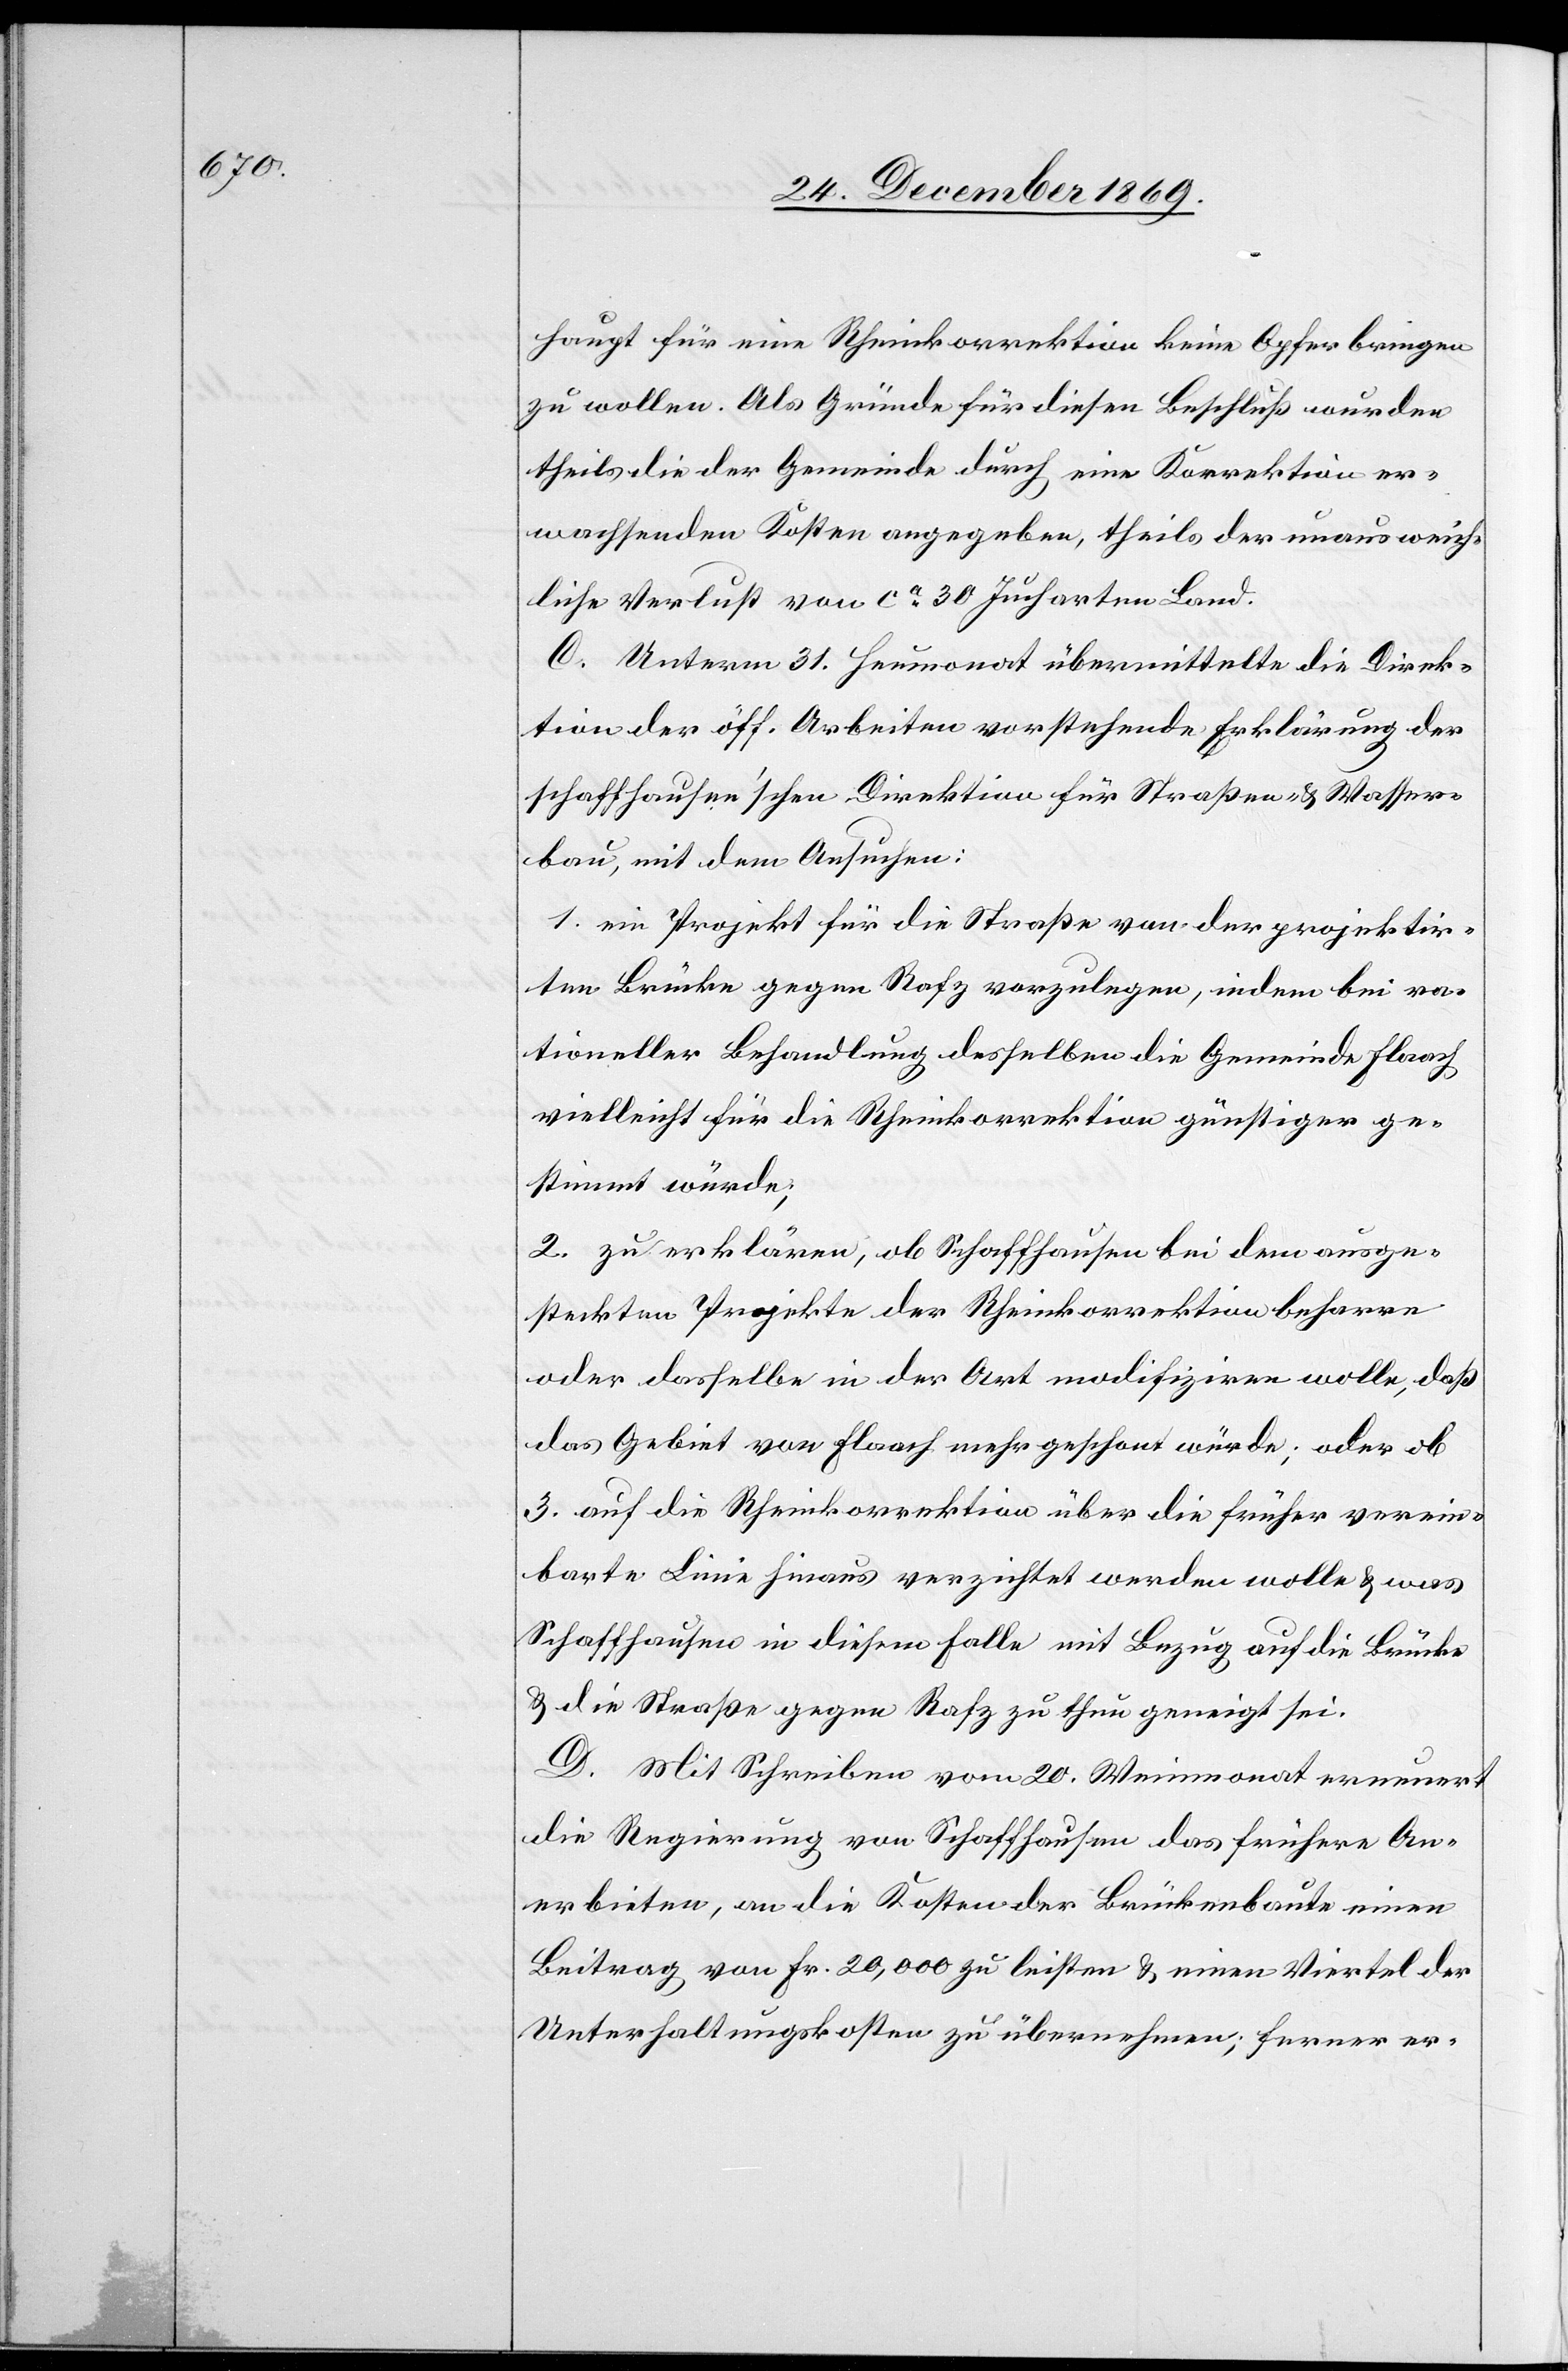
haupt für eine Rheinkorrektion keine Opfer bringen
zu wollen. Als Gründe für diesen Beschluß wurden
theils die der Gemeinde durch eine Korrektion er¬
wachsenden Kosten angegeben, theils der unausweich¬
liche Verlust von ca 30 Jucharten Land.
C. Unterm 31. Heumonat übermittelte die Direk¬
tion der öff. Arbeiten vorstehende Erklärung der
schaffhausen’schen Direktion für Straßen- & Wasser¬
bau, mit dem Ansuchen:
1. ein Projekt für die Straße von der projektir¬
ten Brücke gegen Rafz vorzulegen, indem bei ra¬
tioneller Behandlung desselben die Gemeinde Flaach
vielleicht für die Rheinkorrektion günstiger ge¬
stimmt würde;
2. zu erklären, ob Schaffhausen bei dem ausge¬
steckten Projekte der Rheinkorrektion beharre
oder dasselbe in der Art modifiziren wolle, daß
das Gebiet von Flaach mehr geschont würde; oder ob
3. auf die Rheinkorrektion über die früher verein¬
barte Linie hinaus verzichtet werden wolle & was
Schaffhausen in diesem Falle mit Bezug auf die Brücke
& die Straße gegen Rafz zu thun geneigt sei.
D. Mit Schreiben vom 20. Weinmonat erneuert
die Regierung von Schaffhausen das frühere An¬
erbieten, an die Kosten der Brückenbaute einen
Beitrag von Fr. 20,000 zu leisten & einen Viertel der
Unterhaltungskosten zu übernehmen; ferner er-